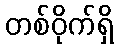
တစ်ဝိုက်ရှိ